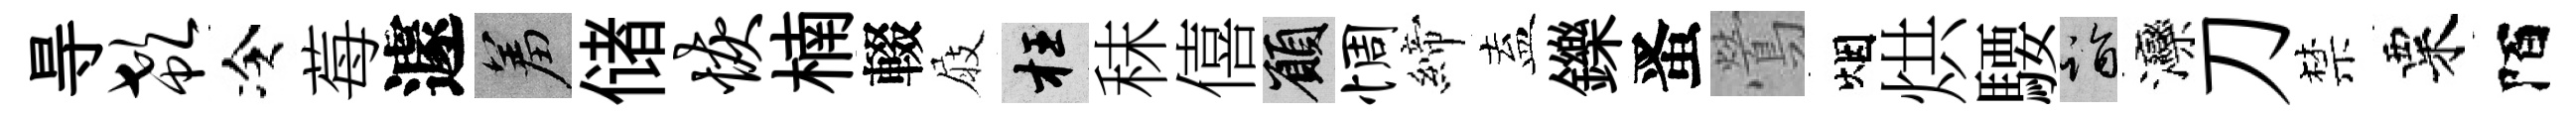
㝵欷冷莓遽羞储恢楠輟屐枉秣僖願惆締盍鑠󱉠鶯烟烘騕诣灤刀禁粟陌